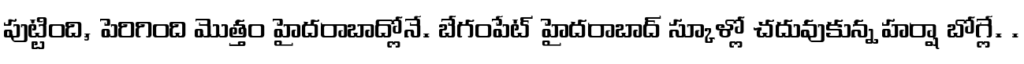
పుట్టింది, పెరిగింది మొత్తం హైదరాబాద్లోనే. బేగంపేట్ హైదరాబాద్ స్కూళ్లో చదువుకున్న హర్షా బోగ్లే. .